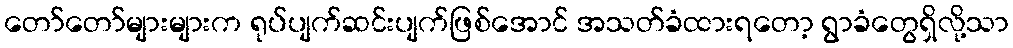
တော်တော်များများက ရုပ်ပျက်ဆင်းပျက်ဖြစ်အောင် အသတ်ခံထားရတော့ ရွာခံတွေရှိလို့သာ